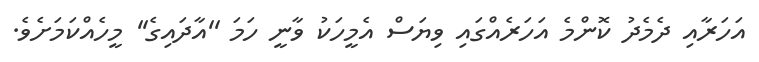
އަހަރާއި ދެމެދު ކޮންމެ އަހަރެއްގައި ވިޔަސް އެމީހަކު ވާނީ ހަމަ ''އާދައިގެ'' މީހެއްކަމަށެވެ.